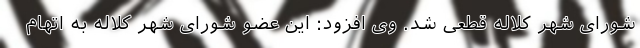
شورای شهر کلاله قطعی شد. وی افزود: این عضو شورای شهر کلاله به اتهام